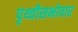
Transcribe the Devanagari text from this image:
पृथ्वीसभोवार